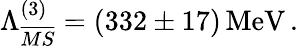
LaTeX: \Lambda_{\overline{{MS}}}^{(3)}=(332\pm 17)\, \mathrm{{{MeV}\, .}}